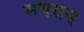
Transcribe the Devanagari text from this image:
मथरास